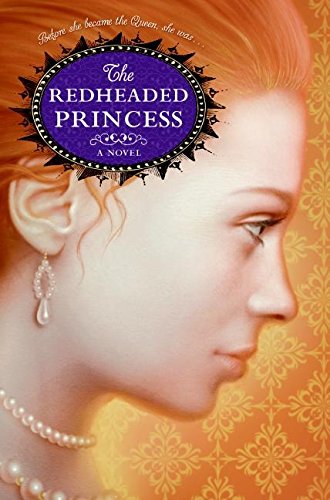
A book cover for The Redheaded Princess: A Novel; Ann Rinaldi; Children's Books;